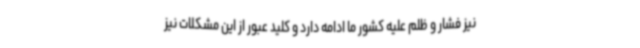
نیز فشار و ظلم علیه کشور ما ادامه دارد و کلید عبور از این مشکلات نیز